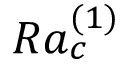
R a _ { c } ^ { ( 1 ) }